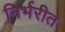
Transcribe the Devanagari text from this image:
निर्भरीत